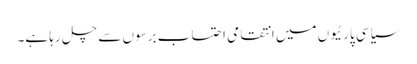
سیاسی پارٹیوں میں انتقامی احتساب برسوں سے چل رہا ہے۔